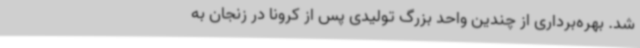
شد. بهره‌برداری از چندین واحد بزرگ تولیدی پس از کرونا در زنجان به